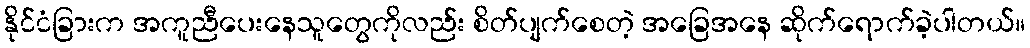
နိုင်ငံခြားက အကူညီပေးနေသူတွေကိုလည်း စိတ်ပျက်စေတဲ့ အခြေအနေ ဆိုက်ရောက်ခဲ့ပါတယ်။